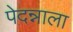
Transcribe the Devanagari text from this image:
पेदन्नाला